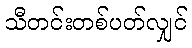
သီတင်းတစ်ပတ်လျှင်